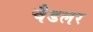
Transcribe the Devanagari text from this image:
चैडलर